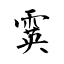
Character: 霙